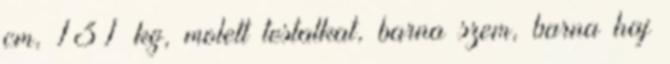
cm, 131 kg, molett testalkat, barna szem, barna haj